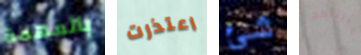
بالمهمة اعتذرت شئ والتأكد